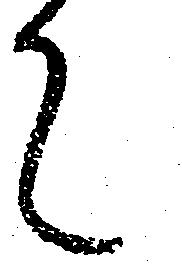
て